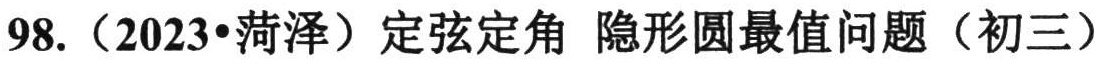
\(98.\)（2023•菏泽）定弦定角 隐形圆最值问题（初三）